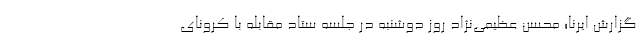
گزارش ایرنا؛ محسن عظیمی‌نژاد روز دوشنبه در جلسه ستاد مقابله با کرونای